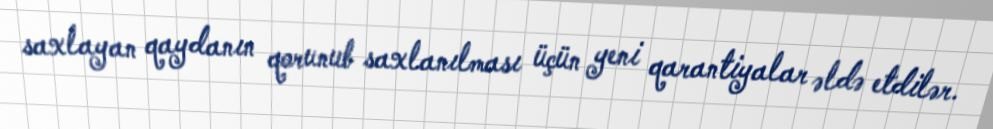
saxlayan qaydanın qorunub saxlanılması üçün yeni qarantiyalar əldə etdilər.